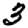
Digit: 3